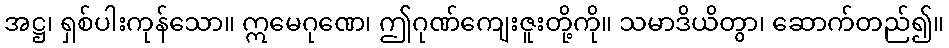
အဋ္ဌ၊ ရှစ်ပါးကုန်သော။ ဣမေဂုဏေ၊ ဤဂုဏ်ကျေးဇူးတို့ကို။ သမာဒိယိတွာ၊ ဆောက်တည်၍။